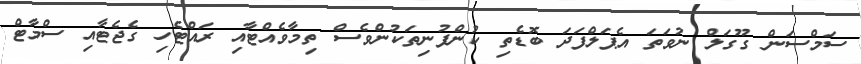
ސަމްސަން ގޫގަލް ނުވަތަ އެޕަލްފަދަ ބޮޑެތި ކުންފުނިތަކުންވެސް ތިމާވެއްޓާއި ރައްޓެހި ގެޖެޓާއި ސްމާޓް